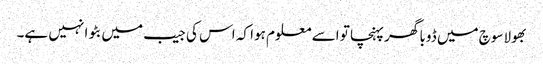
بھولاسوچ میں ڈوبا گھر پہنچا تو اسے معلوم ہوا کہ اس کی جیب میں بٹوا نہیں ہے۔